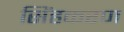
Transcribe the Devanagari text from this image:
सिंहकरण